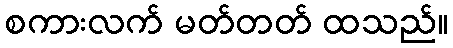
စကားလက် မတ်တတ် ထသည်။